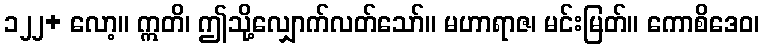
၁၂၂+ လော့။ ဣတိ၊ ဤသို့လျှောက်လတ်သော်။ မဟာရာဇ၊ မင်းမြတ်။ ကောစိဒေဝ၊